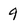
Character: 9